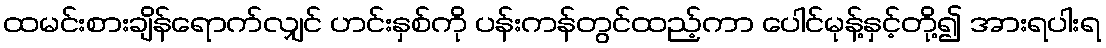
ထမင်းစားချိန်ရောက်လျှင် ဟင်းနှစ်ကို ပန်းကန်တွင်ထည့်ကာ ပေါင်မုန့်နှင့်တို့၍ အားရပါးရ